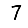
Digit: 7